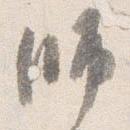
師